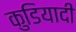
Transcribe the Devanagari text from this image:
कुडियादी